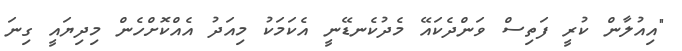
"އިއުލާން ކުރީ ފަތިސް ވަންދެކައޭ މެދުކެނޑޭނީ އެކަމަކު މިއަދު އެއްކޮށްހެން މިދިޔައީ ގިނަ